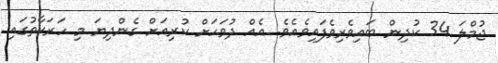
ޖުމްލަ 34 ކުދިން ބައިވެރިވެފައިވެއެވެ. އެއް ދުވަހަށް ކުރިއަށް ގެންދިޔަ މި ހަރަކާތުގައި